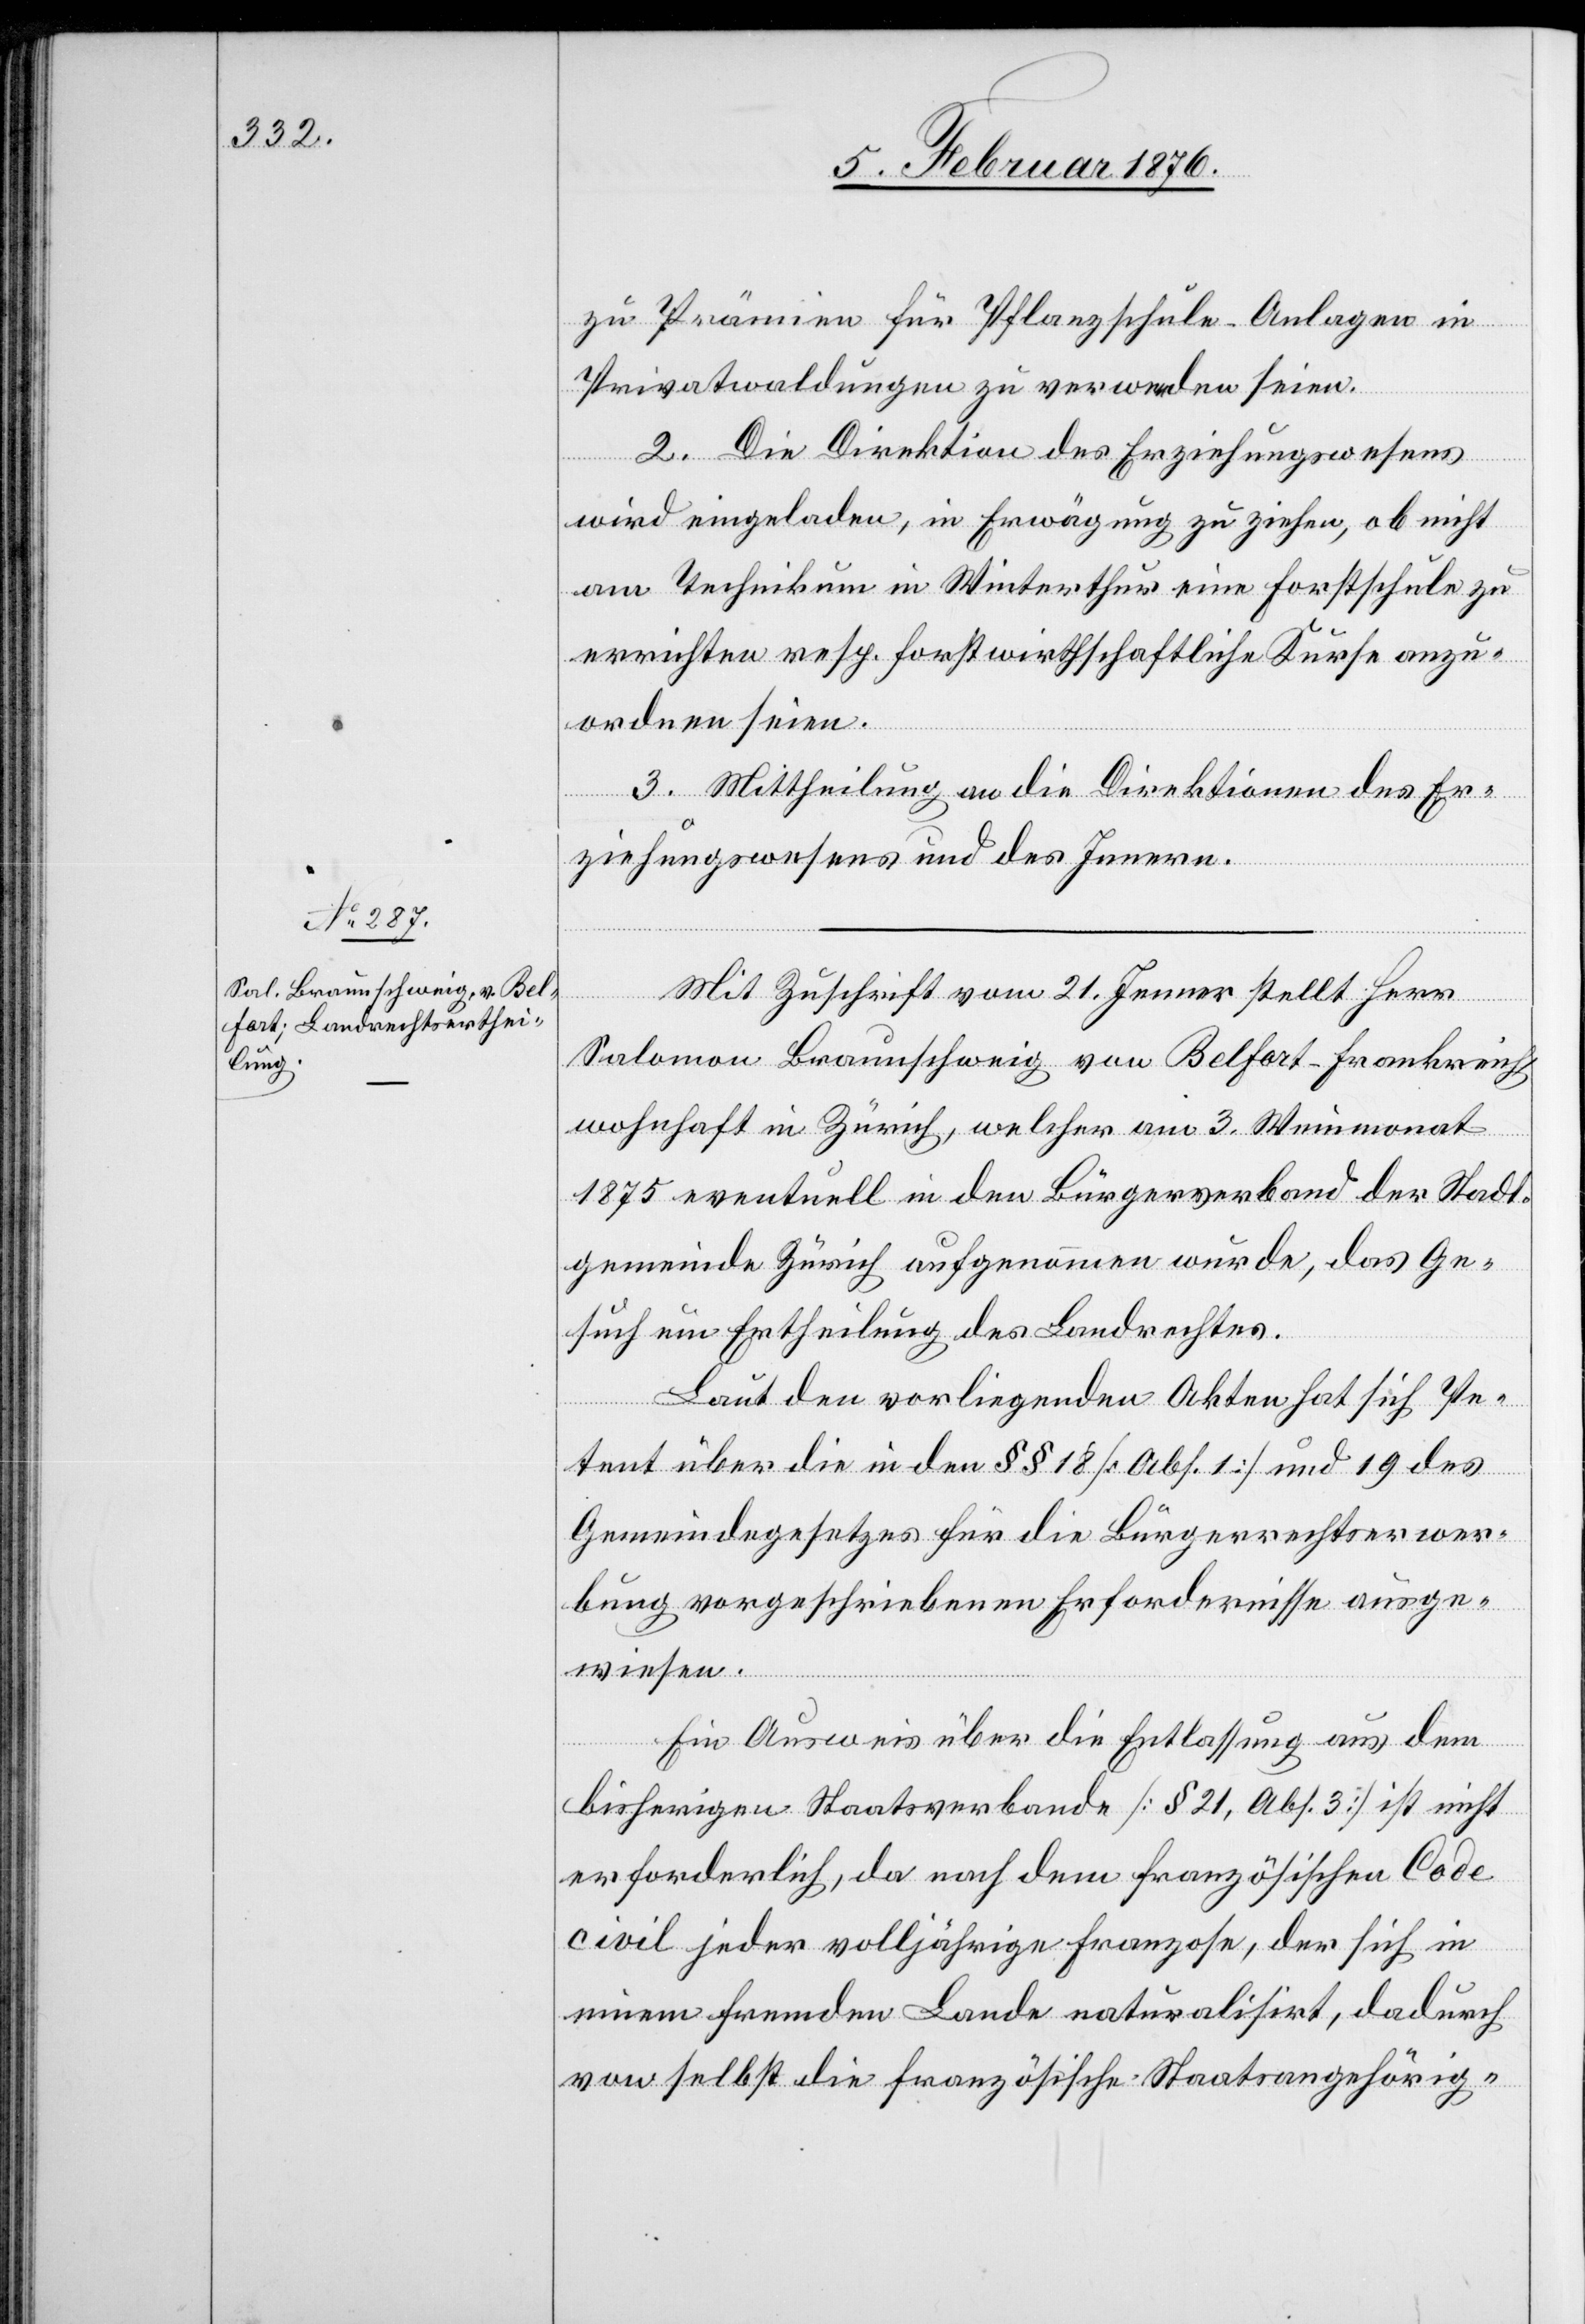
zu Prämien für Pflanzschule-Anlagen in
Privatwaldungen zu verwenden seien.
2. Die Direktion des Erziehungswesens
wird eingeladen, in Erwägung zu ziehen, ob nicht
am Technikum in Winterthur eine Forstschule zu
errichten resp. forstwirthschaftliche Kurse anzu¬
ordnen seien.
3. Mittheilung an die Direktionen des Er¬
ziehungswesens und des Innern.